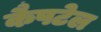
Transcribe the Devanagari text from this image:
कैपटेल